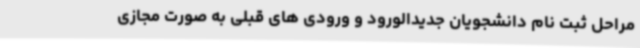
مراحل ثبت نام دانشجویان جدیدالورود و ورودی های قبلی به صورت مجازی